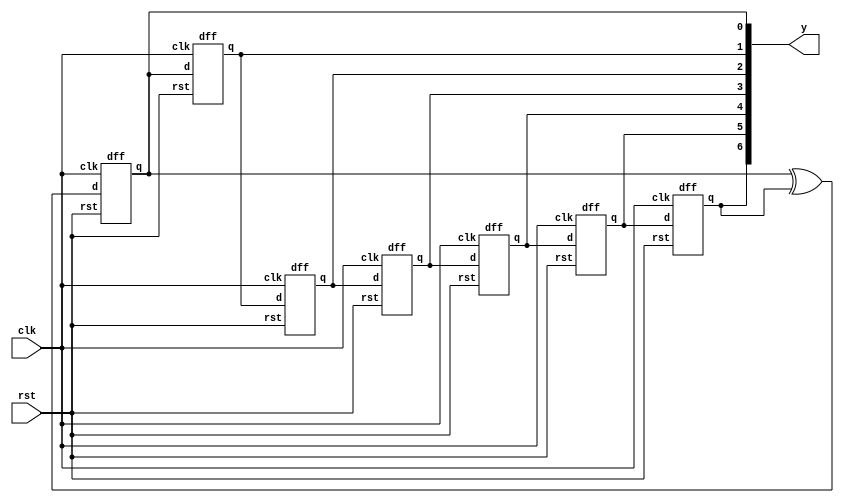
module pseudorandum(clk,rst,y);
  input clk,rst;
  output[6:0]y;
  wire o;
  dff x1 (clk,rst,o,y[0]);
  dff x2 (clk,rst,y[0],y[1]);  
  dff x3 (clk,rst,y[1],y[2]);  
  dff x4 (clk,rst,y[2],y[3]);  
  dff x5 (clk,rst,y[3],y[4]);  
  dff x6 (clk,rst,y[4],y[5]);    
  dff x7 (clk,rst,y[5],y[6]);
  assign o=y[0]^y[6];
endmodule

module dff(clk,rst,d,q);
  input clk,rst,d;
  output reg q;
  always @(posedge clk)
  begin
    if(rst==1)
      q=1;
    else
      q = d;
    end
  endmodule